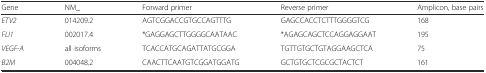
<table><thead><tr><td><b>Gene</b></td><td><b>NM_</b></td><td><b>Forward primer</b></td><td><b>Reverse primer</b></td><td><b>Amplicon, base pairs</b></td></tr></thead><tbody><tr><td><i>ETV2</i></td><td>014209.2</td><td>AGTCGGACCGTGCCAGTTTG</td><td>GAGCCACCTCTTTGGGGTCG</td><td>168</td></tr><tr><td><i>FLI1</i></td><td>002017.4</td><td>*GAGGAGCTTGGGGCAATAAC</td><td>*AGAGCAGCTCCAGGAGGAAT</td><td>195</td></tr><tr><td><i>VEGF-A</i></td><td>all isoforms</td><td>TCACCATGCAGATTATGCGGA</td><td>TGTTGTGCTGTAGGAAGCTCA</td><td>75</td></tr><tr><td><i>B2M</i></td><td>004048.2</td><td>CAACTTCAATGTCGGATGGATG</td><td>GCTGTGCTCGCGCTACTCT</td><td>161</td></tr></tbody></table>